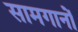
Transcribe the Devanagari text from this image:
सामगानों